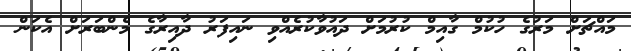
މައްޗަށް މަރުގެ ހުކުމް ގާއިމް ކުރުމަށް ދައުވާކުރެއްވި ނައިފަރު ދާއިރާގެ މެންބަރަށް އެކަން